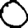
Digit: 0